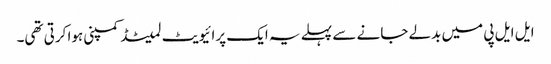
ایل ایل پی میں بدلے جانے سے پہلے یہ ایک پرائیویٹ لمیٹڈ کمپنی ہوا کرتی تھی۔